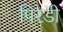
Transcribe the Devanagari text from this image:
पिरडी